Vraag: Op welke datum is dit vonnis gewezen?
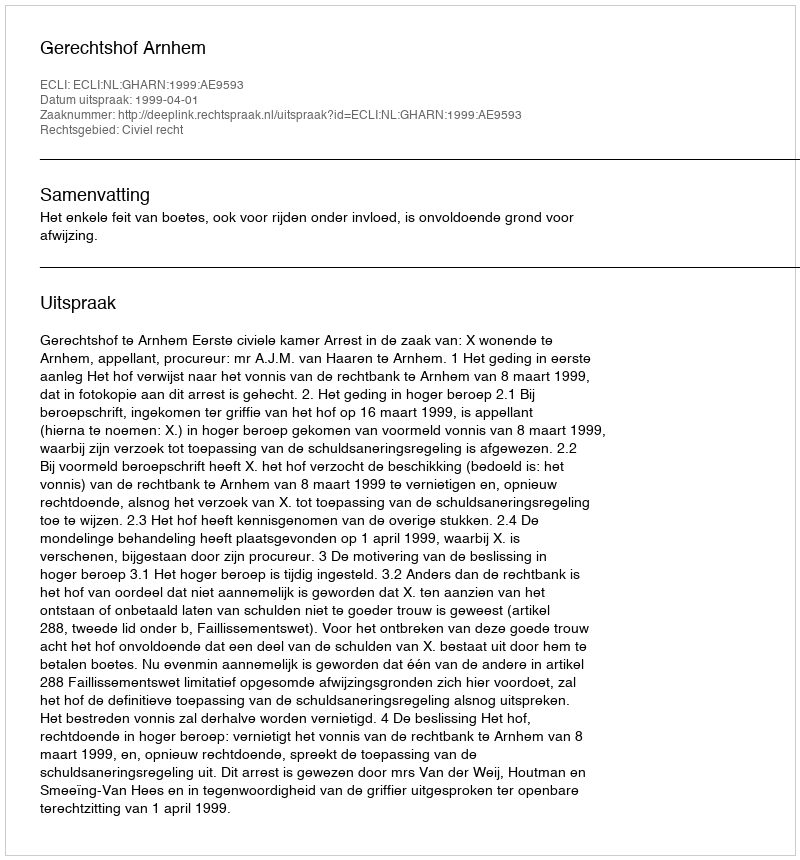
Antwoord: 1999-04-01